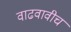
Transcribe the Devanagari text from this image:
वाढवावीच